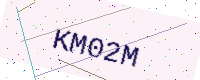
Text: KM02M